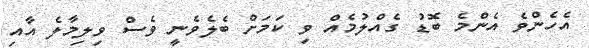
އެހެންވެ އެންމެ ބޮޑު ގެއްލުމެއް ވި ކަމަށް ބެލެވެނީ ވެސް ވިލިމާލެ އާއި